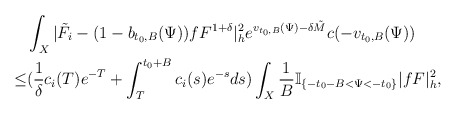
\begin{align*} & \int_{X}|\tilde{F}_i-(1-b_{t_0,B}(\Psi))fF^{1+\delta}|^2_he^{v_{t_0,B}(\Psi)-\delta \tilde{M}}c(-v_{t_0,B}(\Psi)) \\ \le & (\frac{1}{\delta}c_i(T)e^{-T}+\int_{T}^{t_0+B}c_i(s)e^{-s}ds) \int_{X}\frac{1}{B}\mathbb{I}_{\{-t_0-B<\Psi<-t_0\}}|fF|^2_h, \end{align*}